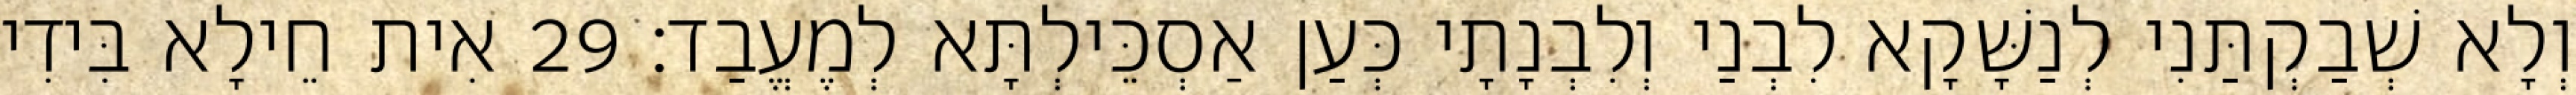
וְלָא שְׁבַקְתַּנִי לְנַשָּׁקָא לִבְנַי וְלִבְנָתָי כְּעַן אַסְכֵּילְתָּא לְמֶעֱבַד׃ 29 אִית חֵילָא בִּידִי